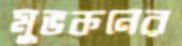
মুভকনের